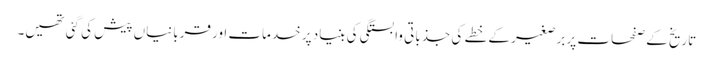
تاریخ کے صفحات پر برصغیر کے خطے کی جذباتی وابستگی کی بنیاد پر خدمات اور قربانیاں پیش کی گئی تھیں۔